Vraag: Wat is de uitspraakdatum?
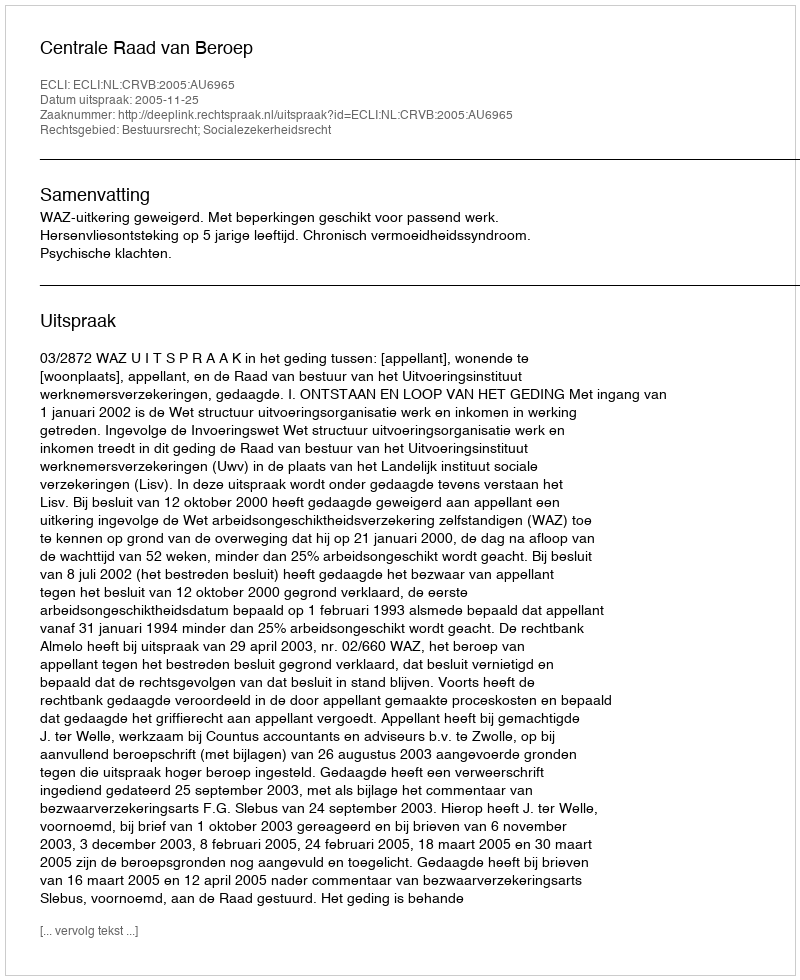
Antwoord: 2005-11-25